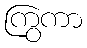
ကြွကာ